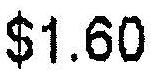
$1.60